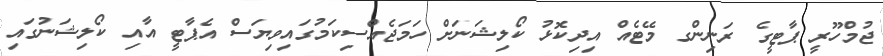
ޖުމްހޫރީ ޕާޓީގެ ރަނިންގ މޭޓެއް އިދިކޮޅު ކޯލިޝަނަށް ހަމަޖެއްސިކަމުގައިވިޔަސް އެޕާޓީ އާއި ކޯލިޝަނުގައި